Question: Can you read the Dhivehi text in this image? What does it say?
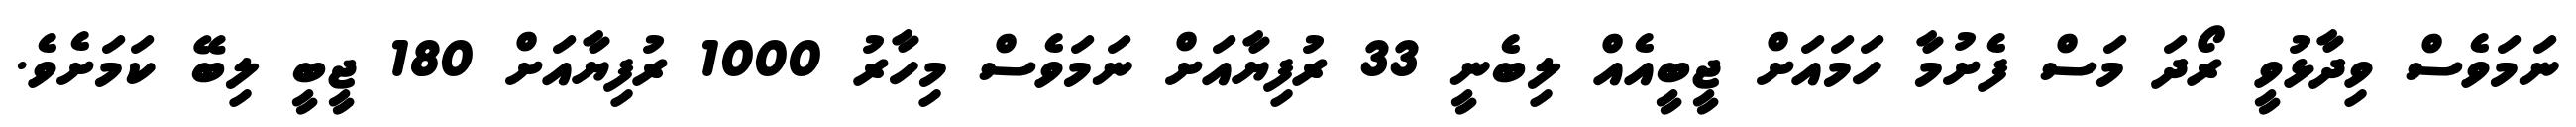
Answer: ނަމަވެސް ވިދާޅުވީ ރޯދަ މަސް ފެށުމާ ހަމައަށް ޖީބީއެއް ލިބެނީ 33 ރުފިޔާއަށް ނަމަވެސް މިހާރު 1000 ރުފިޔާއަށް 180 ޖީބީ ލިބޭ ކަމަށެވެ.